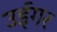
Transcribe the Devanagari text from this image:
उईगर